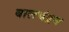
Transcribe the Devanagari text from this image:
बालचंद्रन